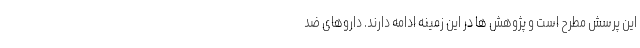
این پرسش مطرح است و پژوهش ها در این زمینه ادامه دارند. داروهای ضد